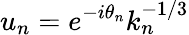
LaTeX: u_{n}=e^{-i\theta_{n}}k_{n}^{-1/3}